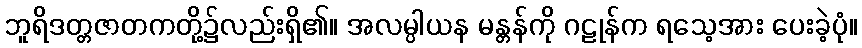
ဘူရိဒတ္တဇာတကတို့၌လည်းရှိ၏။ အလမ္ပါယန မန္တန်ကို ဂဠုန်က ရသေ့အား ပေးခဲ့ပုံ။